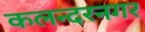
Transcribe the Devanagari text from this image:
कलन्दरनगर